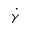
\dot { \gamma }